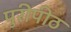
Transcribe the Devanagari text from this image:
पुरीपीठ